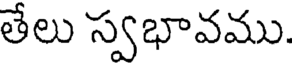
తేలు స్వభావము.